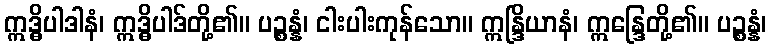
ဣဒ္ဓိပါဒါနံ၊ ဣဒ္ဓိပါဒ်တို့၏။ ပဉ္စန္နံ၊ ငါးပါးကုန်သော။ ဣန္ဒြိယာနံ၊ ဣန္ဒြေတို့၏။ ပဉ္စန္နံ၊